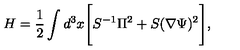
H = \frac { 1 } { 2 } \int d ^ { 3 } x \Biggl [ S ^ { - 1 } \Pi ^ { 2 } + S ( \nabla \Psi ) ^ { 2 } \Biggr ] ,